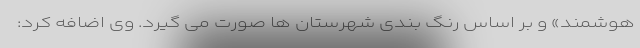
هوشمند» و بر اساس رنگ بندی شهرستان ها صورت می گیرد. وی اضافه کرد: